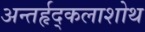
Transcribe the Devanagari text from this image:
अन्तर्हृद्कलाशोथ